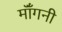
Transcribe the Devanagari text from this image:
मॉँगनी